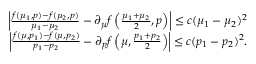
\begin{array} { r } { \left\vert \frac { f ( \mu _ { 1 } , p ) - f ( \mu _ { 2 } , p ) } { \mu _ { 1 } - \mu _ { 2 } } - \partial _ { \mu } f \left( \frac { \mu _ { 1 } + \mu _ { 2 } } { 2 } , p \right) \right\vert \leq c ( \mu _ { 1 } - \mu _ { 2 } ) ^ { 2 } } \\ { \left\vert \frac { f ( \mu , p _ { 1 } ) - f ( \mu , p _ { 2 } ) } { p _ { 1 } - p _ { 2 } } - \partial _ { p } f \left( \mu , \frac { p _ { 1 } + p _ { 2 } } { 2 } \right) \right\vert \leq c ( p _ { 1 } - p _ { 2 } ) ^ { 2 } . } \end{array}